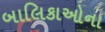
બાલિકાઓના